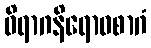
ဝိရာဂနိရောဓစာဂံ